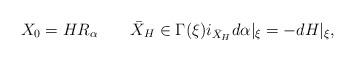
LaTeX: \begin{align*}X_0=HR_\alpha \ \ \ \ \ \ \bar{X}_H\in \Gamma(\xi) i_{\bar{X}_H}d\alpha|_\xi = -dH|_\xi, \index{contact hamiltonian}\end{align*}